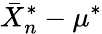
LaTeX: {\bar{X}}_{n}^{*}-\mu^{*}